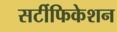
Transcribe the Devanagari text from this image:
सर्टीफिकेशन